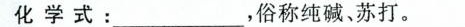
化学式：\underline，俗称纯碱、苏打。